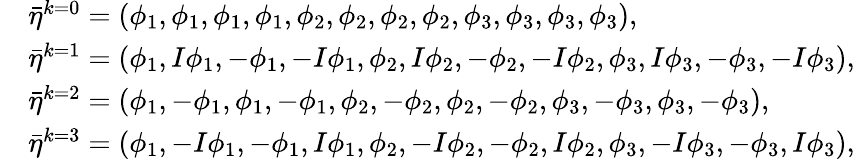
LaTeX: \begin{array}{rl}&{\bar{\eta}^{k=0}=(\phi_{1},\phi_{1},\phi_{1},\phi_{1},\phi_{2},\phi_{2},\phi_{2},\phi_{2},\phi_{3},\phi_{3},\phi_{3},\phi_{3}),}\\ &{\bar{\eta}^{k=1}=(\phi_{1},I\phi_{1},-\phi_{1},-I\phi_{1},\phi_{2},I\phi_{2},-\phi_{2},-I\phi_{2},\phi_{3},I\phi_{3},-\phi_{3},-I\phi_{3}),}\\ &{\bar{\eta}^{k=2}=(\phi_{1},-\phi_{1},\phi_{1},-\phi_{1},\phi_{2},-\phi_{2},\phi_{2},-\phi_{2},\phi_{3},-\phi_{3},\phi_{3},-\phi_{3}),}\\ &{\bar{\eta}^{k=3}=(\phi_{1},-I\phi_{1},-\phi_{1},I\phi_{1},\phi_{2},-I\phi_{2},-\phi_{2},I\phi_{2},\phi_{3},-I\phi_{3},-\phi_{3},I\phi_{3}),}\end{array}